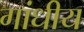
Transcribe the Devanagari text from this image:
गांधीय